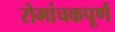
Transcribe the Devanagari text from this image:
रोमांचकपूर्ण